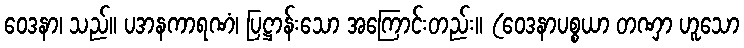
ဝေဒနာ၊ သည်။ ပဒာနကာရဏံ၊ ပြဋ္ဌာန်းသော အကြောင်းတည်း။ (ဝေဒနာပစ္စယာ တဏှာ ဟူသော